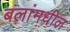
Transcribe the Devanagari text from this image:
बलांमधील